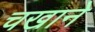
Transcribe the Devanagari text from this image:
चखाने